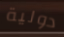
دولية